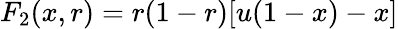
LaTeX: F_{2}(x,r)=r(1-r)[u(1-x)-x]